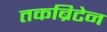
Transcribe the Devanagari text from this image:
तकब्रिटेन